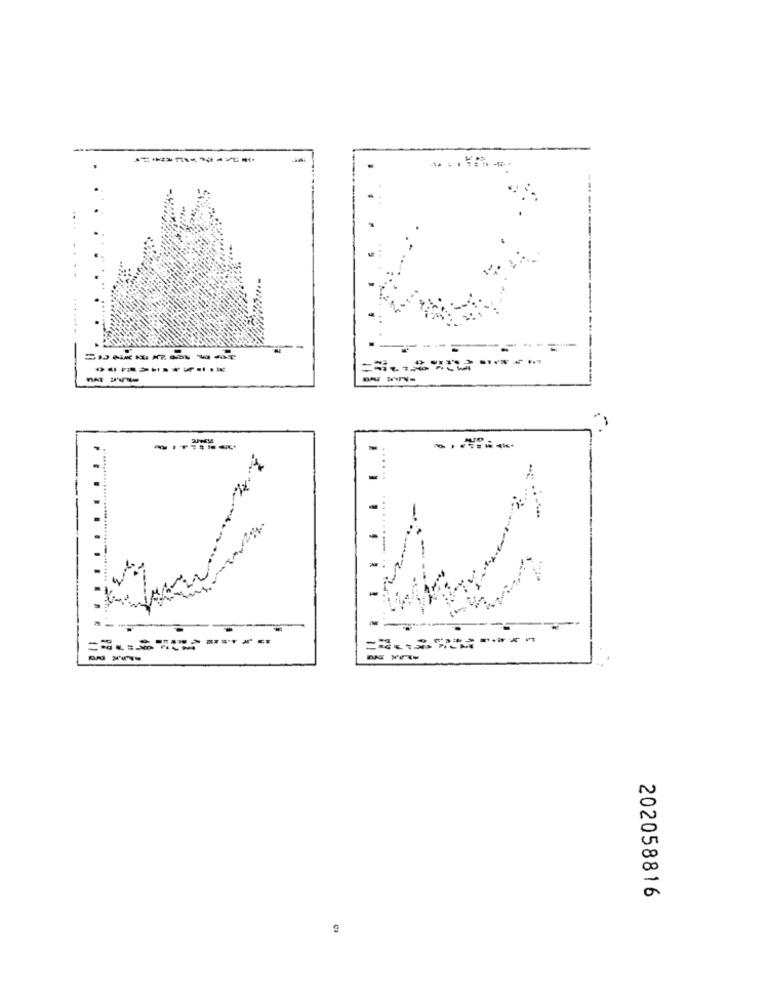
-...
--------
---------..
-
-
-
.........
=
=============
===========
---
202058816